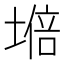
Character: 𡏧